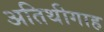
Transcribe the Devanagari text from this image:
अतिथीगाह